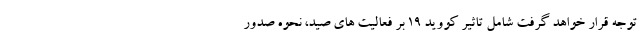
توجه قرار خواهد گرفت شامل تاثیر کووید 19 بر فعالیت های صید، نحوه صدور